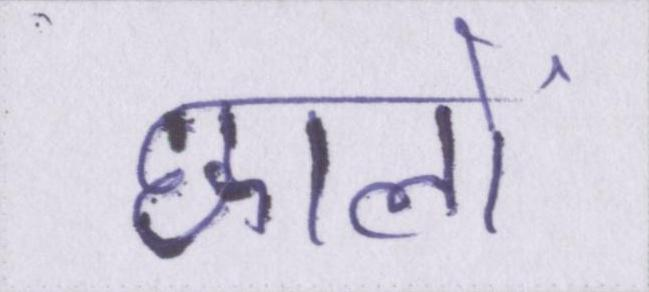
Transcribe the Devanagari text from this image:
छालों